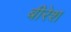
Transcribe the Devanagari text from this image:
बीरेश